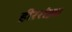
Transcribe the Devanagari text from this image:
हीररांझा